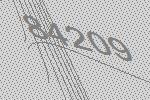
84209